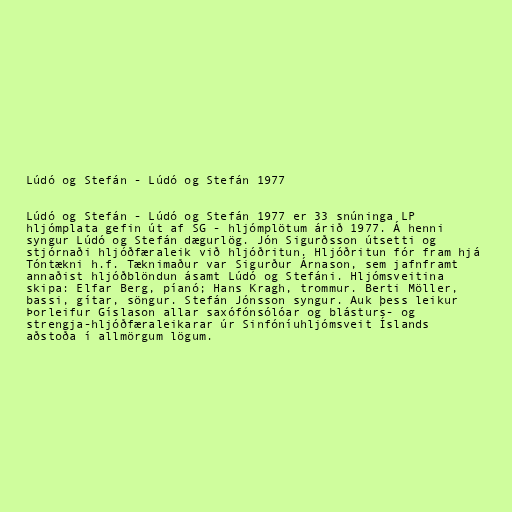
Lúdó og Stefán - Lúdó og Stefán 1977

Lúdó og Stefán - Lúdó og Stefán 1977 er 33 snúninga LP
hljómplata gefin út af SG - hljómplötum árið 1977. Á henni
syngur Lúdó og Stefán dægurlög. Jón Sigurðsson útsetti og
stjórnaði hljóðfæraleik við hljóðritun. Hljóðritun fór fram hjá
Tóntækni h.f. Tæknimaður var Sigurður Árnason, sem jafnframt
annaðist hljóðblöndun ásamt Lúdó og Stefáni. Hljómsveitina
skipa: Elfar Berg, píanó; Hans Kragh, trommur. Berti Möller,
bassi, gítar, söngur. Stefán Jónsson syngur. Auk þess leikur
Þorleifur Gíslason allar saxófónsólóar og blásturs- og
strengja-hljóðfæraleikarar úr Sinfóníuhljómsveit Íslands
aðstoða í allmörgum lögum.